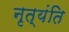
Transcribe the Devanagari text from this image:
नृत्यंति